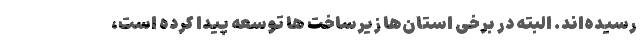
رسیده‌اند. البته در برخی استان‌ها زیرساخت ها توسعه پیدا کرده است،